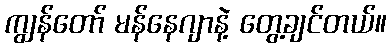
ကျွန်တော် မန်နေဂျာနဲ့ တွေ့ချင်တယ်။